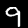
Label: 9